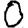
Digit: 0